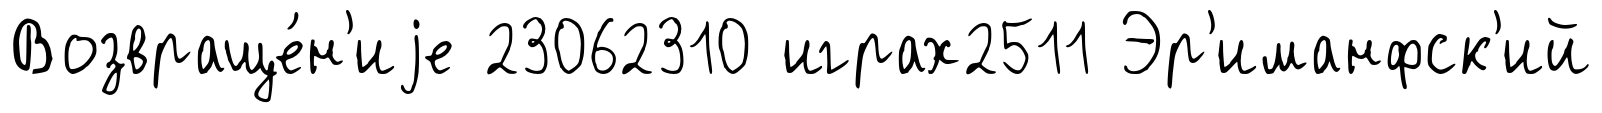
Возвраще́н'иjе 23062310 играх2511 Эр'иманфск'ий